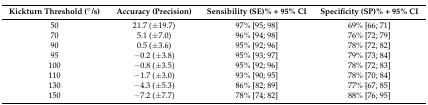
<table><thead><tr><td><b>Kickturn Threshold (°/s)</b></td><td><b>Accuracy (Precision)</b></td><td><b>Sensibility (SE)% + 95% CI</b></td><td><b>Specificity (SP)% + 95% CI</b></td></tr></thead><tbody><tr><td>50</td><td>21.7 (±19.7)</td><td>97% [95; 98]</td><td>69% [66; 71]</td></tr><tr><td>70</td><td>5.1 (±7.0)</td><td>96% [94; 98]</td><td>76% [72; 79]</td></tr><tr><td>90</td><td>0.5 (±3.6)</td><td>95% [92; 96]</td><td>78% [72; 82]</td></tr><tr><td>95</td><td>−0.2 (±3.8)</td><td>95% [93; 97]</td><td>79% [73; 84]</td></tr><tr><td>100</td><td>−0.8 (±3.5)</td><td>95% [92; 96]</td><td>78% [72; 83]</td></tr><tr><td>110</td><td>−1.7 (±3.0)</td><td>93% [90; 95]</td><td>78% [70; 84]</td></tr><tr><td>130</td><td>−4.3 (±5.3)</td><td>86% [82; 89]</td><td>77% [67; 85]</td></tr><tr><td>150</td><td>−7.2 (±7.7)</td><td>78% [74; 82]</td><td>88% [76; 95]</td></tr></tbody></table>